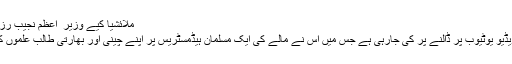
ملائشیا کیے وزیر ِ اعظم نجیب رزاق کی جانب سےوی مینگ چی کے اقدام پر شدید تنقید
وی مینگ پر تازہ تنقید ''NAH نامی ریپ گانے کی ویڈیو یوٹیوب پر ڈالنے پر کی جارہی ہے جس میں اس نے مالے کی ایک مسلمان ہیڈمسٹریس پر اپنے چینی اور بھارتی طالب علموں کے ساتھ نسلی امتیاز برتنے کو موضوع تنقید بنایا ہے۔